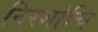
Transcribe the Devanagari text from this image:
निरमोचि